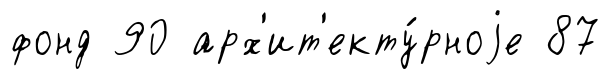
фонд 90 арх'ит'екту́рноjе 87